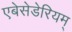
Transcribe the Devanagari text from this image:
एबेसेडेरियम्